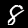
Digit: 8